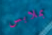
بملابس